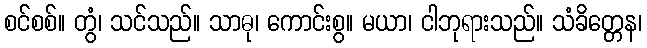
စင်စစ်။ တွံ၊ သင်သည်။ သာဓု၊ ကောင်းစွ။ မယာ၊ ငါဘုရားသည်။ သံခိတ္တေန၊